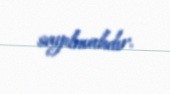
sayılmalıdır.